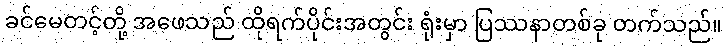
ခင်မေတင့်တို့ အဖေသည် ထိုရက်ပိုင်းအတွင်း ရုံးမှာ ပြဿနာတစ်ခု တက်သည်။